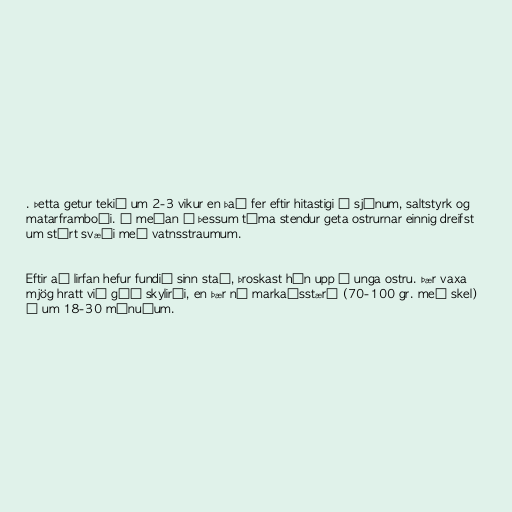
. Þetta getur tekið um 2-3 vikur en það fer eftir hitastigi á sjónum, saltstyrk og
matarframboði. Á meðan á þessum tíma stendur geta ostrurnar einnig dreifst
um stórt svæði með vatnsstraumum.

Eftir að lirfan hefur fundið sinn stað, þroskast hún upp í unga ostru. Þær vaxa
mjög hratt við góð skylirði, en þær ná markaðsstærð (70-100 gr. með skel)
á um 18-30 mánuðum.